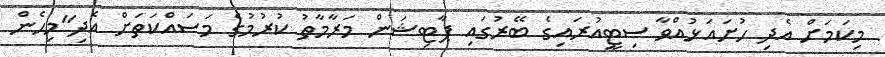
މިކަމަށް އެދި ހުށައަޅުއްވާ ސިޓީއުރައިގެ ބޭރުގައި ޕާޓިޝަން މަރާމާތު ކުރުމުގެ މަސައްކަތަށް އެދި"މިހެން